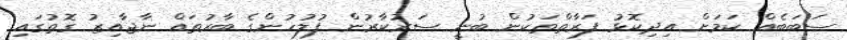
ސަބަބެއް ކަމަށް އިދިކޮޅު ފަރާތްތަކުން ބުނީ ސަރުކާރުން ފުލުހުންގެ ބާރުތައް ނާޖާއިޒު ގޮތުގައި